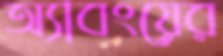
অ্যাবংয়ের